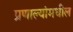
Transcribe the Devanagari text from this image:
प्रणाल्यांमधील